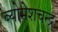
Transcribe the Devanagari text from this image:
व्योमेशचन्द्र